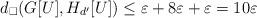
LaTeX: \begin{align*}d_\square(G[U],H_{d'}[U]) \leq \varepsilon+8 \varepsilon+\varepsilon=10 \varepsilon\end{align*}